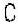
C